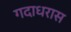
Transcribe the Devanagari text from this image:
गदाधरास